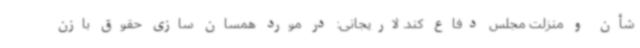
شأن و منزلت مجلس دفاع کند. لاریجانی: در مورد همسان سازی حقوق بازن